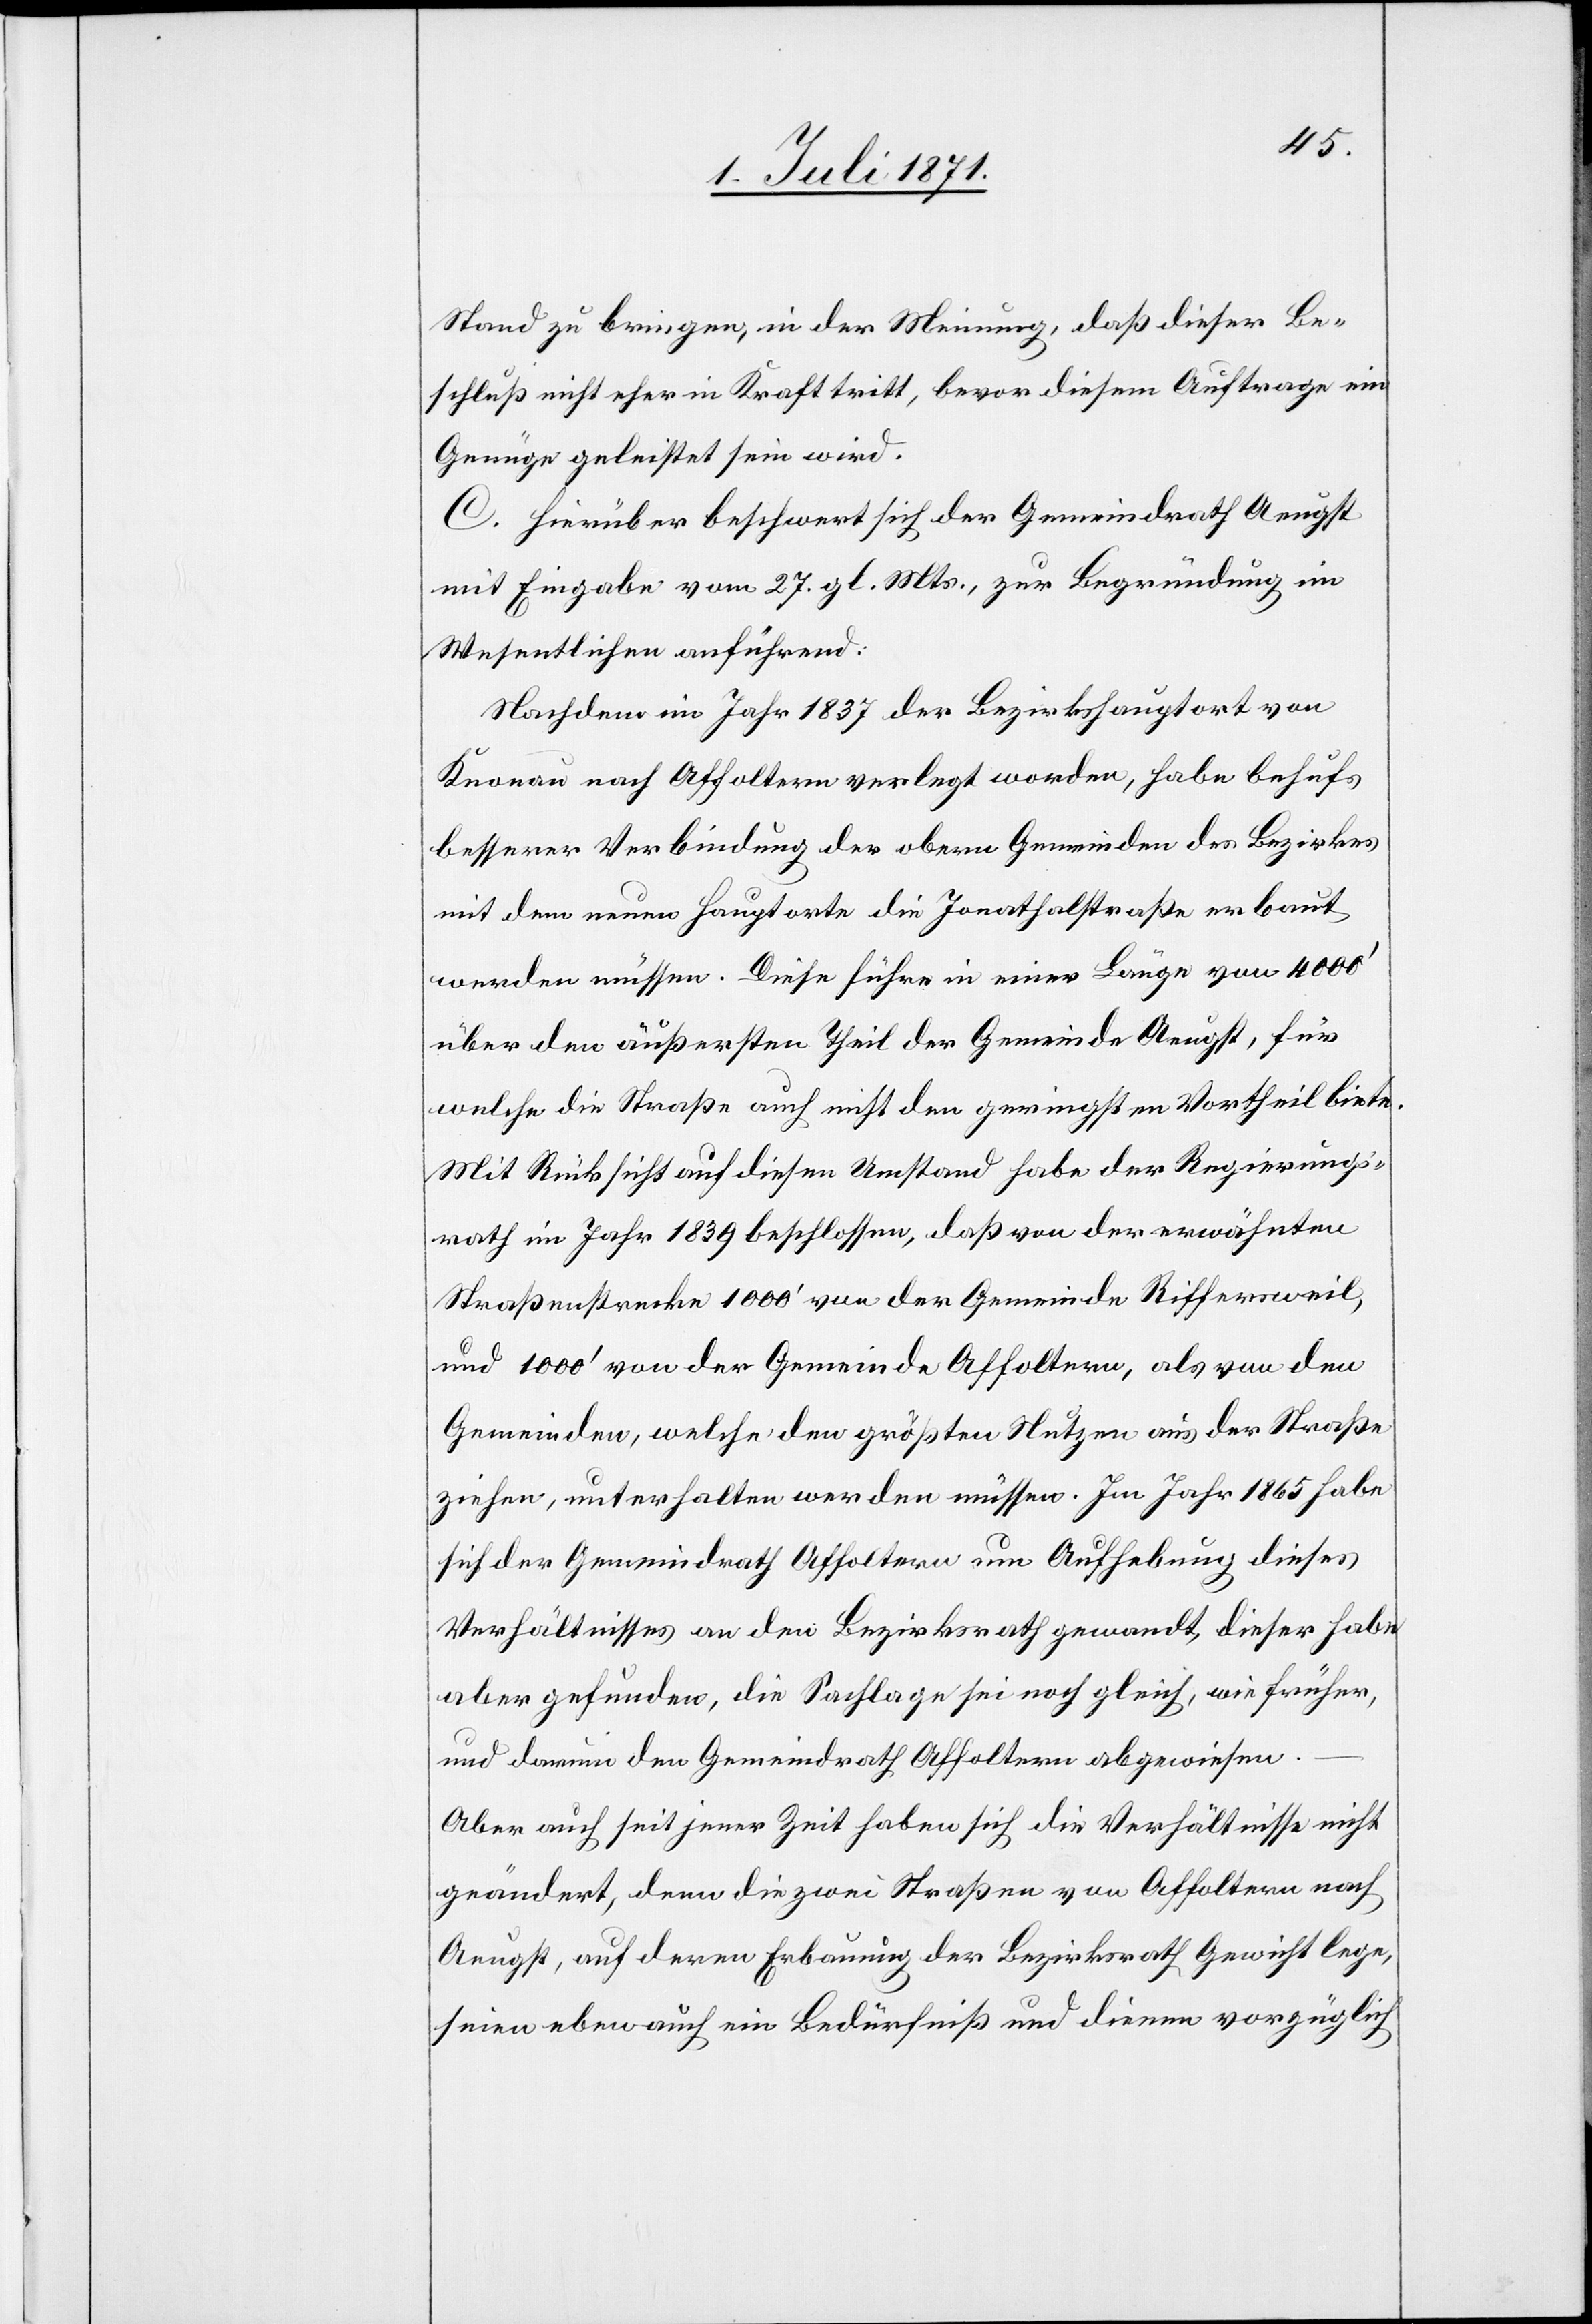
Stand zu bringen, in der Meinung, daß dieser Be¬
schluß nicht eher in Kraft tritt, bevor diesem Auftrage ein
Genüge geleistet sein wird.
C. Hierüber beschwert sich der Gemeindrath Aeugst
mit Eingabe vom 27. gl. Mts., zur Begründung im
Wesentlichen anführend:
Nachdem im Jahr 1837 der Bezirkshauptort von
Knonau nach Affoltern verlegt worden, habe behufs
besserer Verbindung der obern Gemeinden des Bezirkes
mit dem neuen Hauptorte die Jonathalstraße erbaut
werden müssen. Diese führe in einer Länge von 4000‘
über den äußersten Theil der Gemeinde Aeugst, für
welche die Straße auch nicht den geringsten Vortheil biete.
Mit Rücksicht auf diesen Umstand habe der Regierungs¬
rath im Jahr 1839 beschlossen, daß von der erwähnten
Straßenstrecke 1000‘ von der Gemeinde Riffersweil,
und 1000‘ von der Gemeinde Affoltern, als von den
Gemeinden, welche den größten Nutzen aus der Straße
ziehen, unterhalten werden müssen. Im Jahr 1865 habe
sich der Gemeindrath Affoltern um Aufhebung dieses
Verhältnisses an den Bezirksrath gewandt, dieser habe
aber gefunden, die Sachlage sei noch gleich, wie früher,
und darum den Gemeindrath Affoltern abgewiesen.
Aber auch seit jener Zeit haben sich die Verhältnisse nicht
geändert, denn die zwei Straßen von Affoltern nach
Aeugst, auf deren Erbauung der Bezirksrath Gewicht lege,
seien eben auch ein Bedürfniß und dienen vorzüglich